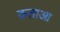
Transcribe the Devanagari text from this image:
क़ताआ